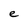
Character: e